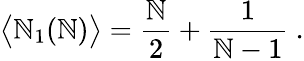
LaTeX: \big\langle\mathbb{N}_{1}(\mathbb{N})\big\rangle=\frac{{\mathbb{N}}}{{2}}+\frac{{1}}{{\mathbb{N}-1}}~.